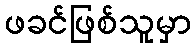
ဖခင်ဖြစ်သူမှာ